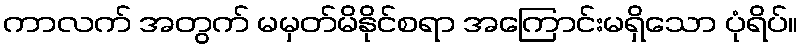
ကာလက် အတွက် မမှတ်မိနိုင်စရာ အကြောင်းမရှိသော ပုံရိပ်။